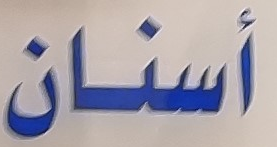
أسنان